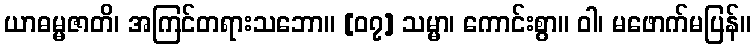
ယာဓမ္မဇာတိ၊ အကြင်တရားသဘော။ [၀၇] သမ္မာ၊ ကောင်းစွာ။ ဝါ၊ မဖောက်မပြန်။